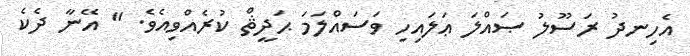
އެހިނދު ރަސޫލު ޞައްލަ ޢަލައިހި ވަސައްލަމަ ޙަދީޘް ކުރެއްވިއެވެ. " އޭނާ ދެކެ